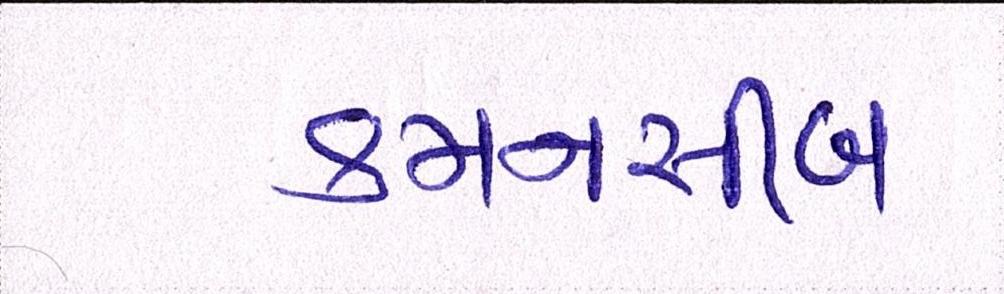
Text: કમનસીબ